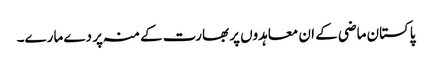
پاکستان ماضی کے ان معاہدوں پر بھارت کے منہ پر دے مارے۔